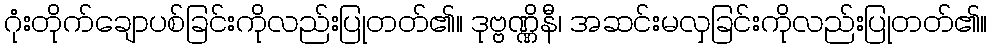
ဂုံးတိုက်ချောပစ်ခြင်းကိုလည်းပြုတတ်၏။ ဒုဗ္ဗဏ္ဏိနီ၊ အဆင်းမလှခြင်းကိုလည်းပြုတတ်၏။